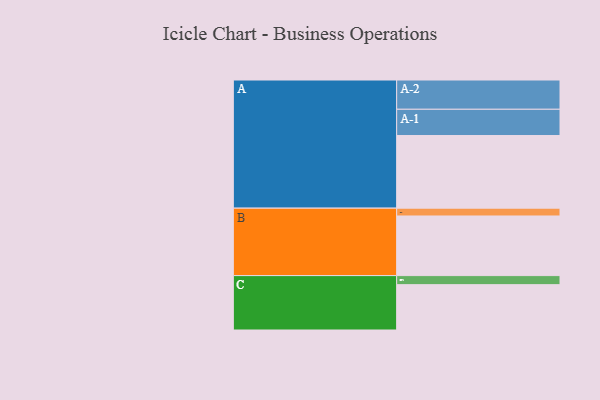
{"axis": {"x": "Segment", "y": "Value"}, "legend": ["", "A", "B", "C"], "data": [{"x": "A", "y": 529, "type": ""}, {"x": "B", "y": 434, "type": ""}, {"x": "C", "y": 330, "type": ""}, {"x": "A-1", "y": 191, "type": "A"}, {"x": "A-2", "y": 213, "type": "A"}, {"x": "B-1", "y": 57, "type": "B"}, {"x": "C-1", "y": 66, "type": "C"}]}